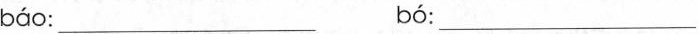
báo ：___ bó ：___